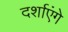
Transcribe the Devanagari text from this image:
दर्शाएंगे